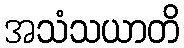
အသံသယာတိ